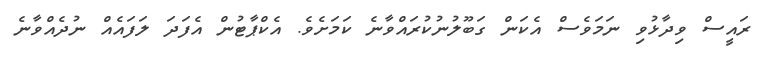
ރައީސް ވިދާޅުވި ނަމަވެސް އެކަން ގަބޫލުނުކުރައްވާނެ ކަމަށެވެ. އެކްޕާޓުން އެފަދަ ލަފައެއް ނުދެއްވާނެ